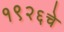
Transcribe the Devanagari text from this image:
१९२६चे